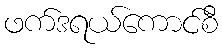
ဖက်ဒရယ်ကောင်စီ